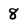
Character: 8